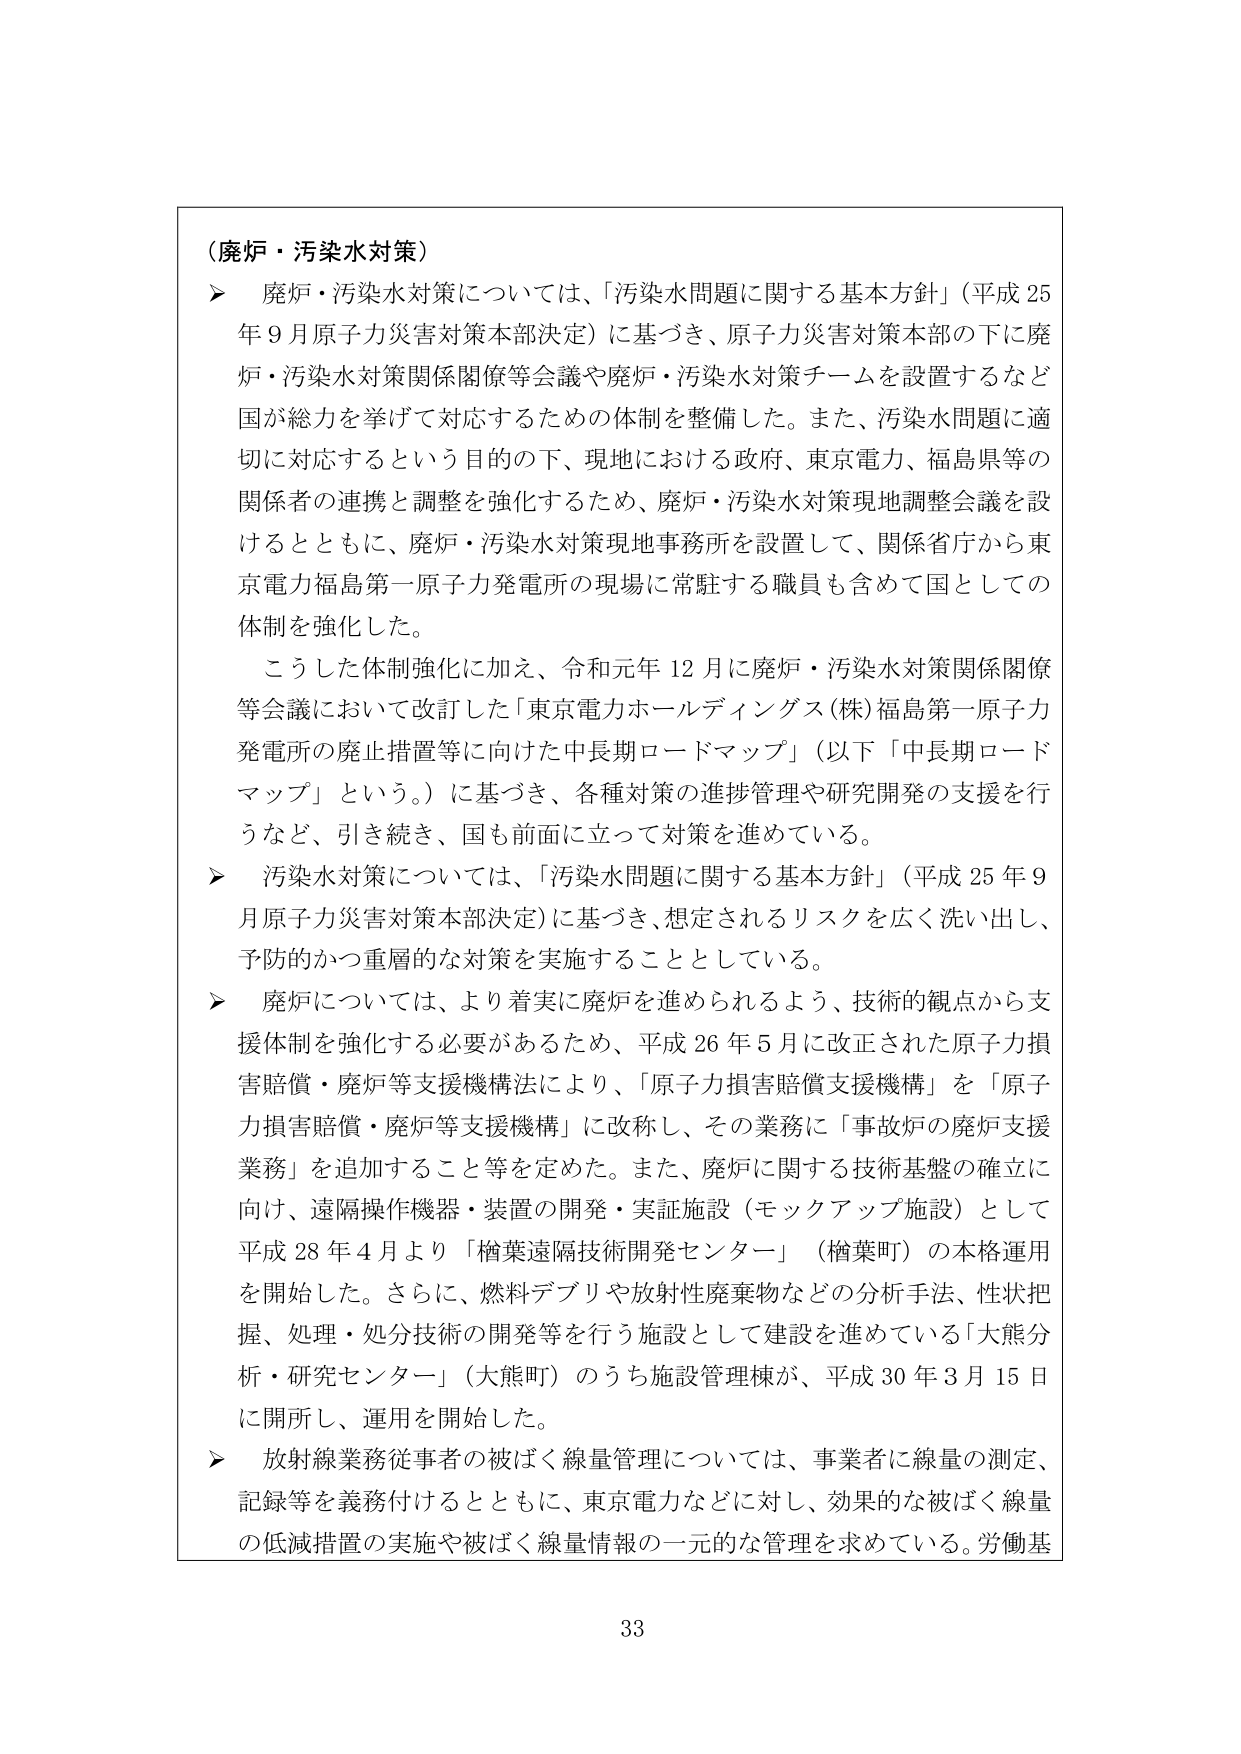
（廃炉・汚染水対策）

▶ 廃炉・汚染水対策については、「汚染水問題に関する基本方針」（平成25年9月原子力災害対策本部決定）に基づき、原子力災害対策本部の下に廃炉・汚染水対策関係閣僚等会議や廃炉・汚染水対策チームを設置するなど国が総力を挙げて対応するための体制を整備した。また、汚染水問題に適切に対応するという目的の下、現地における政府、東京電力、福島県等の関係者の連携と調整を強化するため、廃炉・汚染水対策現地調整会議を設けるとともに、廃炉・汚染水対策現地事務所を設置して、関係省庁から東京電力福島第一原子力発電所の現場に常駐する職員も含めて国としての体制を強化した。

こうした体制強化に加え、令和元年12月に廃炉・汚染水対策関係閣僚等会議において改訂した「東京電力ホールディングス(株)福島第一原子力発電所の廃止措置等に向けた中長期ロードマップ」（以下「中長期ロードマップ」という。）に基づき、各種対策の進捗管理や研究開発の支援を行うなど、引き続き、国も前面に立って対策を進めている。

▶ 汚染水対策については、「汚染水問題に関する基本方針」（平成25年9月原子力災害対策本部決定）に基づき、想定されるリスクを広く洗い出し、予防的かつ重層的な対策を実施することとしている。

▶ 廃炉については、より着実に廃炉を進められるよう、技術的観点から支援体制を強化する必要があるため、平成26年5月に改正された原子力損害賠償・廃炉等支援機構法により、「原子力損害賠償支援機構」を「原子力損害賠償・廃炉等支援機構」に改称し、その業務に「事故炉の廃炉支援業務」を追加すること等を定めた。また、廃炉に関する技術基盤の確立に向け、遠隔操作機器・装置の開発・実証施設（モックアップ施設）として平成28年4月より「楢葉遠隔技術開発センター」（楢葉町）の本格運用を開始した。さらに、燃料デブリや放射性廃棄物などの分析手法、性状把握、処理・処分技術の開発等を行う施設として建設を進めている「大熊分析・研究センター」（大熊町）のうち施設管理棟が、平成30年3月15日に開所し、運用を開始した。

▶ 放射線業務従事者の被ばく線量管理については、事業者に線量の測定、記録等を義務付けるとともに、東京電力などに対し、効果的な被ばく線量の低減措置の実施や被ばく線量情報の一元的な管理を求めている。労働基

33